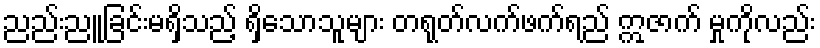
ညည်းညူခြင်းမရှိသည့် ရှိသောသူများ တရုတ်လက်ဖက်ရည် ဣဇာက် မှုကိုလည်း